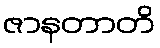
ဇာနတာတိ